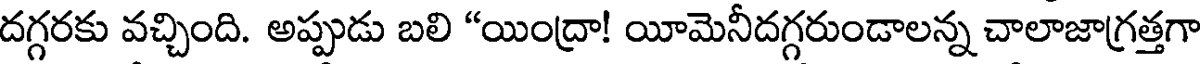
దగ్గరకు వచ్చింది. అప్పుడు బలి "యింద్రా! యీమెనీదగ్గరుండాలన్న చాలాజాగ్రత్తగా